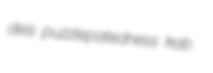
deis puzzlepatedness kab